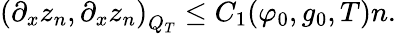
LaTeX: \left(\partial_{x}z_{n},\partial_{x}z_{n}\right)_{Q_{T}}\leq C_{1}(\varphi_{0},g_{0},T)n.